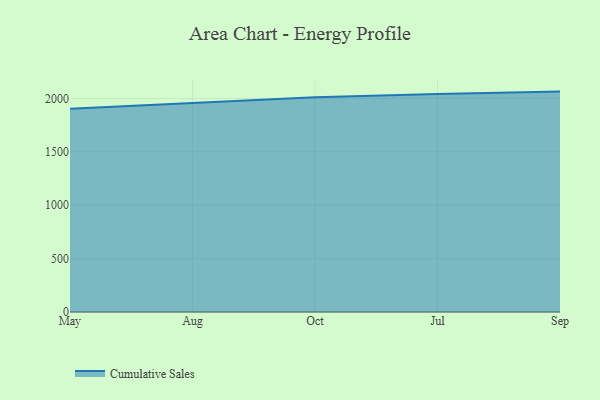
{"axis": {"x": "Month", "y": "Market Share (%)"}, "legend": ["Cumulative Sales"], "data": [{"x": "May", "y": 1903.5, "type": "Cumulative Sales"}, {"x": "Aug", "y": 1958.6, "type": "Cumulative Sales"}, {"x": "Oct", "y": 2012.3, "type": "Cumulative Sales"}, {"x": "Jul", "y": 2042.9, "type": "Cumulative Sales"}, {"x": "Sep", "y": 2064.4, "type": "Cumulative Sales"}]}